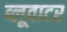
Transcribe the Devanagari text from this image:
ब्लूवाटर